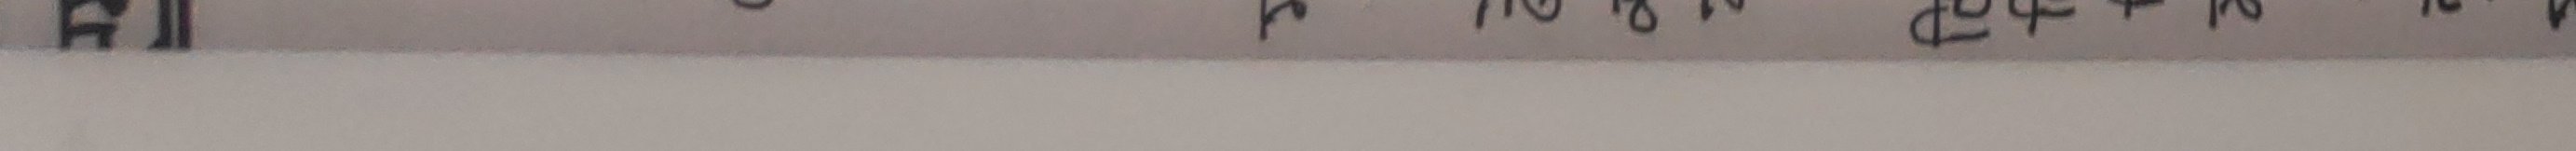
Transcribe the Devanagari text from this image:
अपुष्टि 10 N १२५९ च